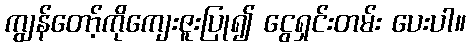
ကျွန်တော့်ကိုကျေးဇူးပြု၍ ငွေရှင်းတမ်း ပေးပါ။